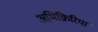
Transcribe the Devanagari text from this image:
अभिक्रिरिया